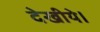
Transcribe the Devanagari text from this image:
देखीये।